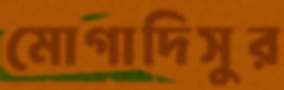
মোগাদিসুর